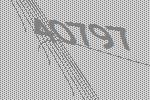
40797